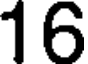
16